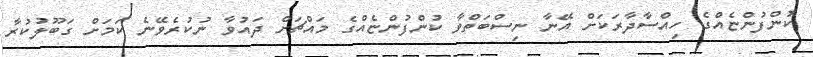
ކުންފުންޏެއްގެ ހިއްސާދާރަކަށް އޭނާ ނިސްބަތްވާ ކުންފުންޏެއްގެ މައްޗަށް ދައުވާ ނުކުރެވޭނެ ކަމަށް ގަބޫލުކުރާ